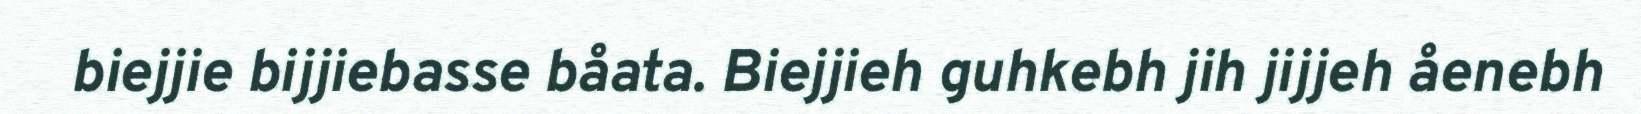
biejjie bijjiebasse båata. Biejjieh guhkebh jih jijjeh åenebh